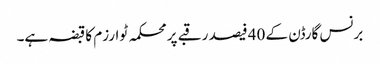
برنس گارڈن کے 40 فیصد رقبے پر محکمہ ٹوارزم کا قبضہ ہے۔